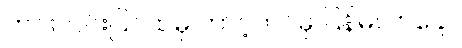
ဟင်းလင်းပြင်ထဲမှ ဘာပဲ့တင်မှ ပြန်မလာချေ။